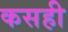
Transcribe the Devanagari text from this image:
कसही